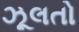
ઝૂલતો